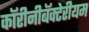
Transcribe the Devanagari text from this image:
कॉरीनीबॅक्टेरीयम